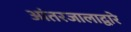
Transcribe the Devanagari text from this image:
आंतरजालाद्वारे